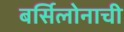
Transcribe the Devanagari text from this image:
बर्सिलोनाची